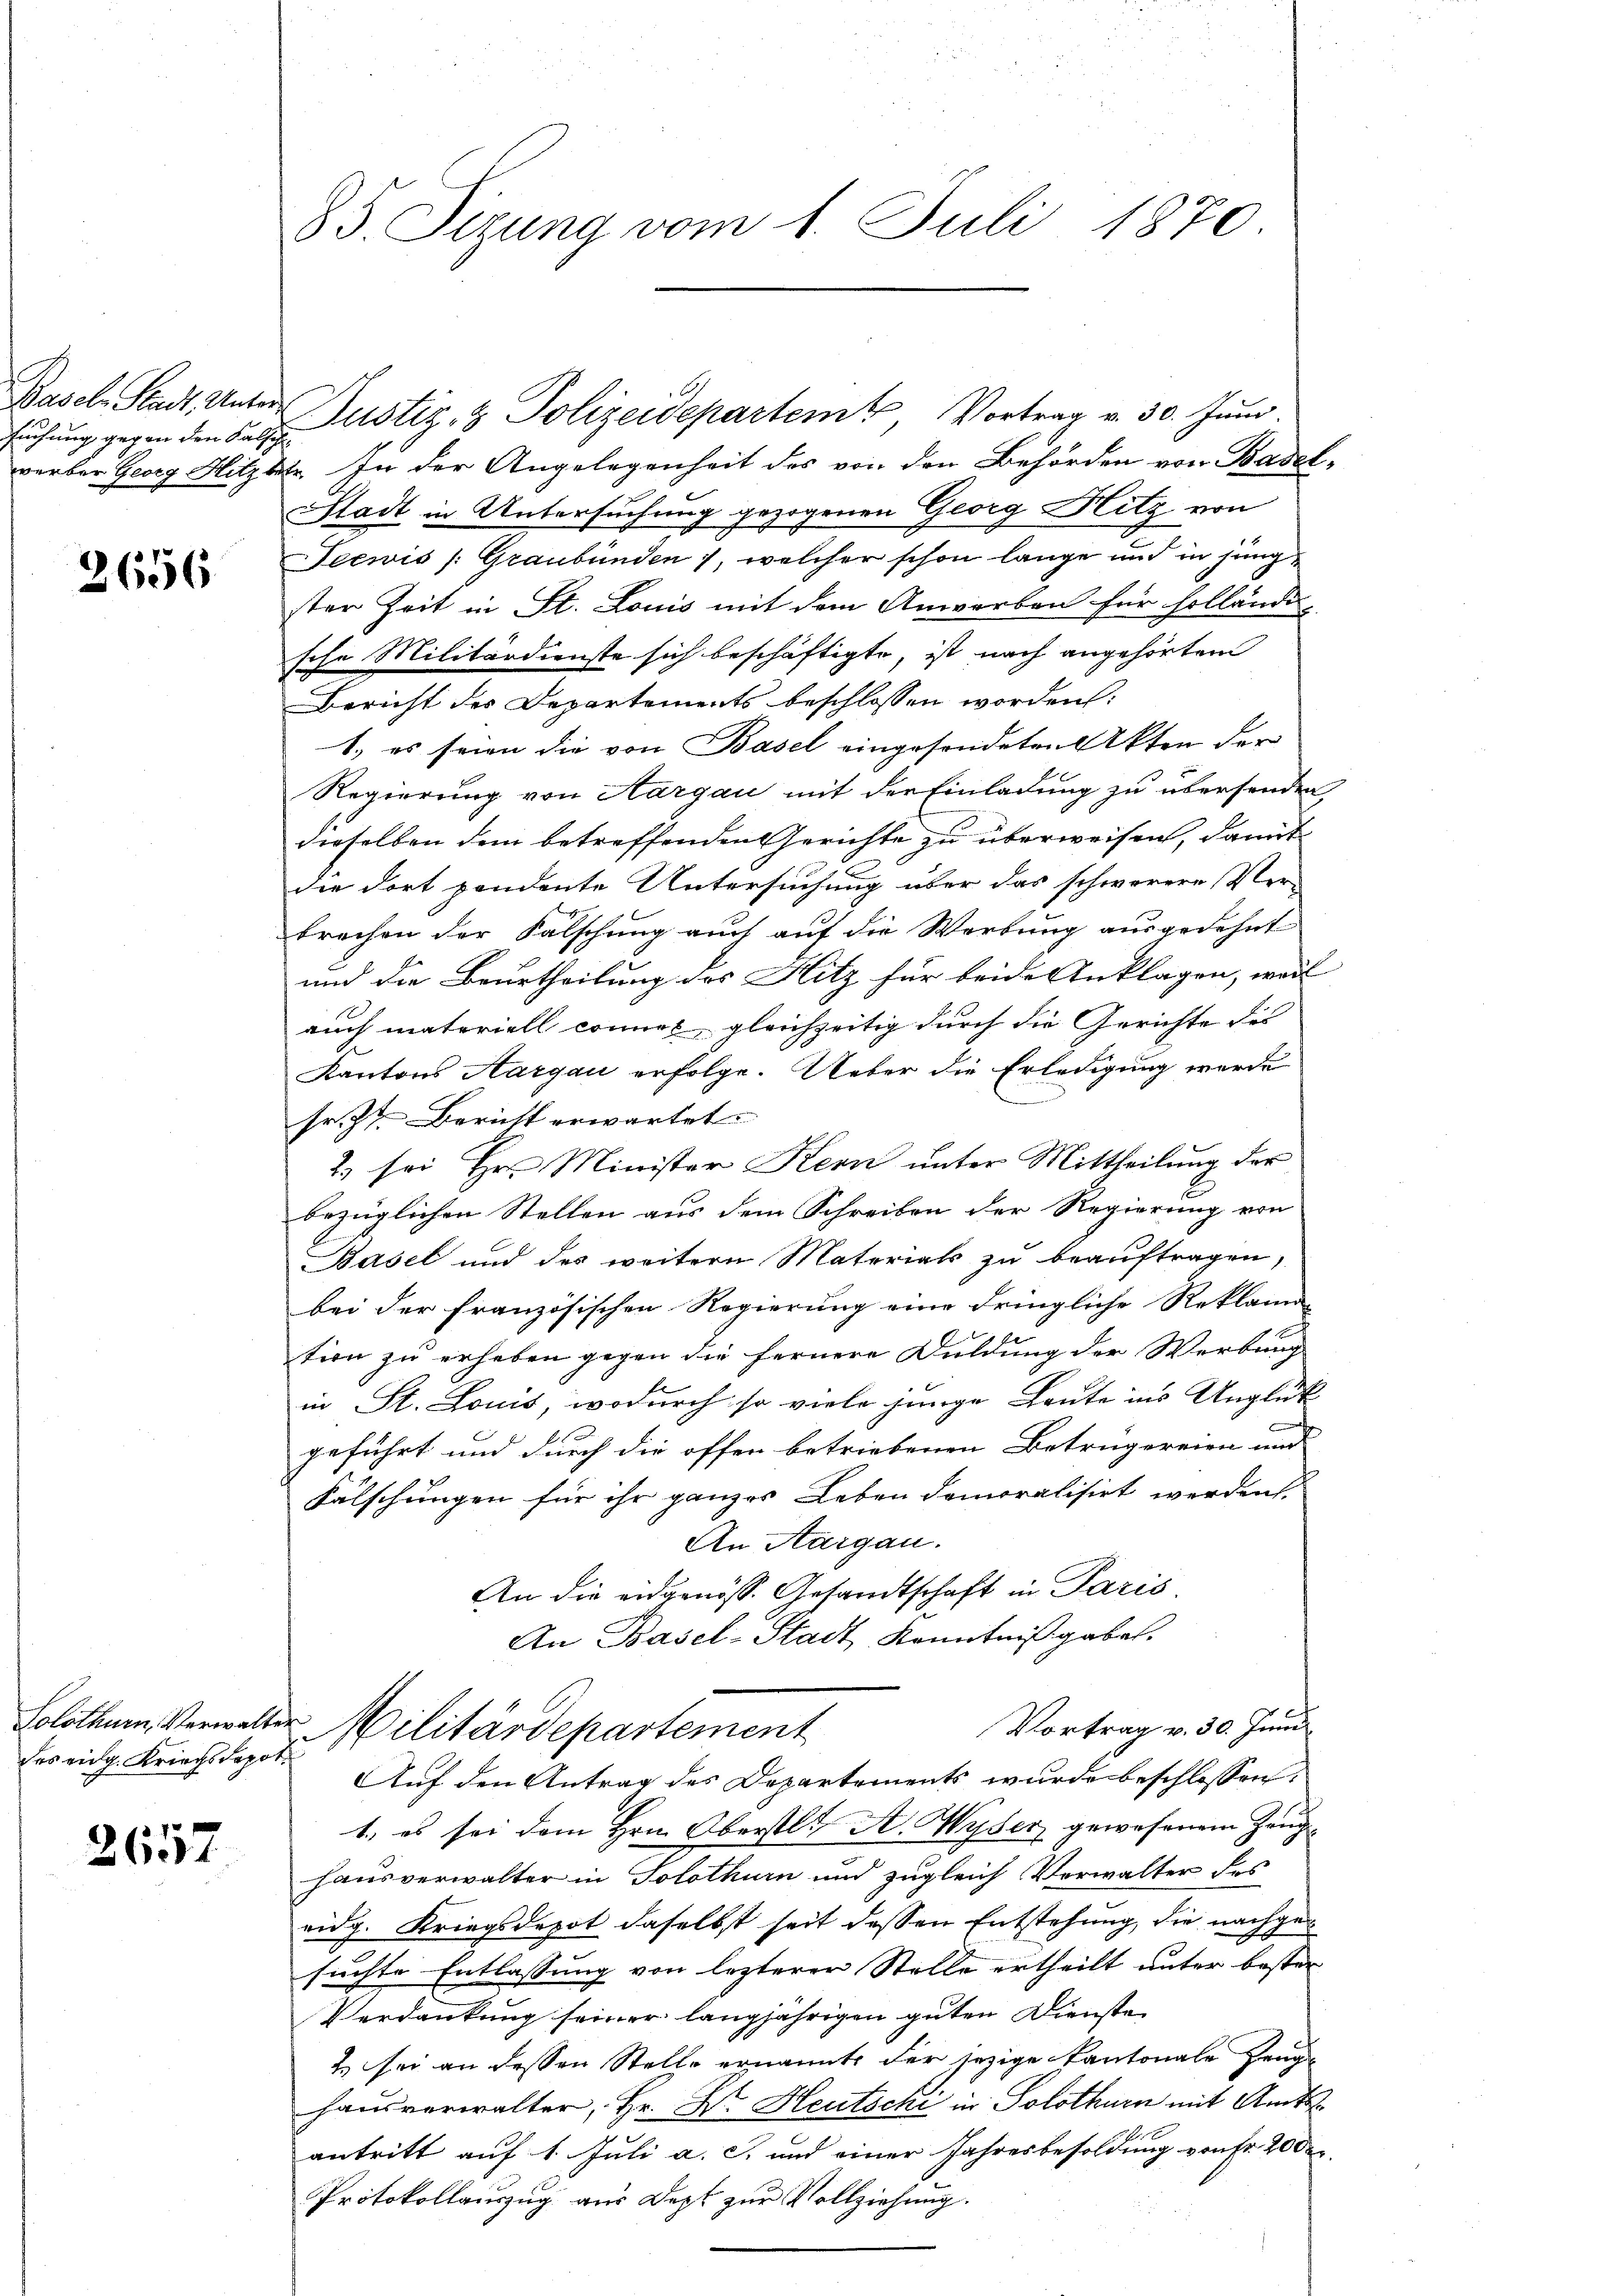
suchung gegen den Falsch.

2656

werber Georg Hitzktr. In der Angelegenheit des von den Behörden von Basel¬
Stadt in Untersuchung gezogenen Georg Hitz von
Teewis /: Graubünden, welcher schon lange und in jung
sten Zeit in St. Louis mit dem Anworben für hollände
sche Militärdienste sich beschäftigte, ist nach angehörten
Bericht des Departements beschlossen worden.
1.) es seien die von Basel eingesondeten Akten der
Regierung von Aargau mit der Einladung zu übersenden,
dieselben dem betreffenden Gerichte zu überweisen, damit
die dort pendente Untersuchung über das schwerere Ver-
brechen der Falschung auch auf die Werbung ausgedehnt
und die Beurtheilung des Hitz für beide Anklagen, weil
auch materiell connet, gleichzeitig durch die Gerichte des
Kantons Aargau erfolge. Ueber die Erledigung wurde
sr. Zt. Bericht erwartet.
2) sei Hr. Minister Kern unter Mittheilung der
bezüglichen Stellen aus dem Schreiben der Regierung von
Basel und des weitere Materiats zu beauftragen,
bei der französischen Regierung eine dringliche Reklama-
tion zu erheben gegen die fernere Duldung der Werbung
in St. Louis, wodurch so viele junge Leute ins Unglück
geführt und durch die offen betriebenen Betrugereien und
Fälschungen für ihr ganzes Leben demoralisirt werden.
An Aargau.
An die eidgenöss. Gesandtschaft in Paris.
An Basel-Stadt Kenntnißgaben.
Vortrag v. 30. Juni
Solothum Verwalter Militärdepartement
Auf den Antrag des Departements wurde beschlossen.
1., es sei dem Hrn. Oberstl. A. Wyser gewesenem Zeughausverwalter in Solothurn und zugleich Verwalter des
ridg. Kriegsdepot daselbst seit dessen Entstehung, die nachgesuchte Entlassung von lezterer Stelle ertheilt unter bester
Verdankung seiner langjährigen guten Dienste
2. sei an dessen Stelle ernannte der jezige Kantonale Zeuge
hausverwalter, Hr. Dr. Heutschi in Solothurn mit Amtsantritt auf 1. Juli a. c. und einer Jahresbesoldung von Fr. 200
Protokollauszug aus Dept zur Vollziehung.

des eidg. Kriegsdepot

2657

85. Sizung vom 1. Juli 1870.

Basel Stadt Unter Justiz- & Polizeidepartem Vortrag v. 30. Juni.